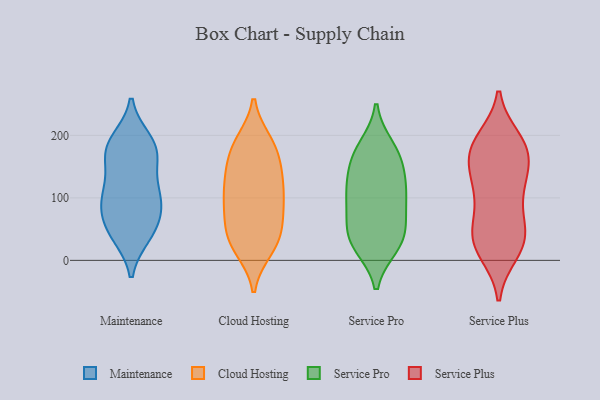
{"axis": {"x": "Inventory Turnover", "y": "Value"}, "legend": ["Cloud Hosting", "Maintenance", "Service Plus", "Service Pro"], "data": [{"x": "", "y": 120, "type": "Maintenance"}, {"x": "", "y": 100, "type": "Maintenance"}, {"x": "", "y": 90, "type": "Maintenance"}, {"x": "", "y": 180, "type": "Maintenance"}, {"x": "", "y": 67, "type": "Maintenance"}, {"x": "", "y": 167, "type": "Maintenance"}, {"x": "", "y": 71, "type": "Maintenance"}, {"x": "", "y": 160, "type": "Maintenance"}, {"x": "", "y": 102, "type": "Maintenance"}, {"x": "", "y": 42, "type": "Maintenance"}, {"x": "", "y": 192, "type": "Maintenance"}, {"x": "", "y": 44, "type": "Maintenance"}, {"x": "", "y": 174, "type": "Maintenance"}, {"x": "", "y": 40, "type": "Maintenance"}, {"x": "", "y": 110, "type": "Maintenance"}, {"x": "", "y": 189, "type": "Maintenance"}, {"x": "", "y": 72, "type": "Cloud Hosting"}, {"x": "", "y": 26, "type": "Cloud Hosting"}, {"x": "", "y": 107, "type": "Cloud Hosting"}, {"x": "", "y": 18, "type": "Cloud Hosting"}, {"x": "", "y": 30, "type": "Cloud Hosting"}, {"x": "", "y": 133, "type": "Cloud Hosting"}, {"x": "", "y": 28, "type": "Cloud Hosting"}, {"x": "", "y": 43, "type": "Cloud Hosting"}, {"x": "", "y": 117, "type": "Cloud Hosting"}, {"x": "", "y": 71, "type": "Cloud Hosting"}, {"x": "", "y": 187, "type": "Cloud Hosting"}, {"x": "", "y": 147, "type": "Cloud Hosting"}, {"x": "", "y": 189, "type": "Cloud Hosting"}, {"x": "", "y": 71, "type": "Cloud Hosting"}, {"x": "", "y": 183, "type": "Cloud Hosting"}, {"x": "", "y": 110, "type": "Cloud Hosting"}, {"x": "", "y": 96, "type": "Cloud Hosting"}, {"x": "", "y": 174, "type": "Cloud Hosting"}, {"x": "", "y": 147, "type": "Cloud Hosting"}, {"x": "", "y": 55, "type": "Service Pro"}, {"x": "", "y": 101, "type": "Service Pro"}, {"x": "", "y": 34, "type": "Service Pro"}, {"x": "", "y": 181, "type": "Service Pro"}, {"x": "", "y": 173, "type": "Service Pro"}, {"x": "", "y": 70, "type": "Service Pro"}, {"x": "", "y": 23, "type": "Service Pro"}, {"x": "", "y": 120, "type": "Service Pro"}, {"x": "", "y": 85, "type": "Service Pro"}, {"x": "", "y": 32, "type": "Service Pro"}, {"x": "", "y": 121, "type": "Service Pro"}, {"x": "", "y": 116, "type": "Service Pro"}, {"x": "", "y": 159, "type": "Service Pro"}, {"x": "", "y": 163, "type": "Service Pro"}, {"x": "", "y": 26, "type": "Service Pro"}, {"x": "", "y": 165, "type": "Service Plus"}, {"x": "", "y": 171, "type": "Service Plus"}, {"x": "", "y": 45, "type": "Service Plus"}, {"x": "", "y": 107, "type": "Service Plus"}, {"x": "", "y": 31, "type": "Service Plus"}, {"x": "", "y": 126, "type": "Service Plus"}, {"x": "", "y": 182, "type": "Service Plus"}, {"x": "", "y": 81, "type": "Service Plus"}, {"x": "", "y": 38, "type": "Service Plus"}, {"x": "", "y": 51, "type": "Service Plus"}, {"x": "", "y": 188, "type": "Service Plus"}, {"x": "", "y": 15, "type": "Service Plus"}, {"x": "", "y": 182, "type": "Service Plus"}, {"x": "", "y": 128, "type": "Service Plus"}, {"x": "", "y": 13, "type": "Service Plus"}, {"x": "", "y": 193, "type": "Service Plus"}, {"x": "", "y": 33, "type": "Service Plus"}, {"x": "", "y": 119, "type": "Service Plus"}, {"x": "", "y": 160, "type": "Service Plus"}]}